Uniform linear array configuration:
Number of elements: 32
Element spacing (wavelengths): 0.5
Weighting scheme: uniform
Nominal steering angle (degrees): -45
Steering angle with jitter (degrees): -44.644
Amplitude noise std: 0.05
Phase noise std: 0.05

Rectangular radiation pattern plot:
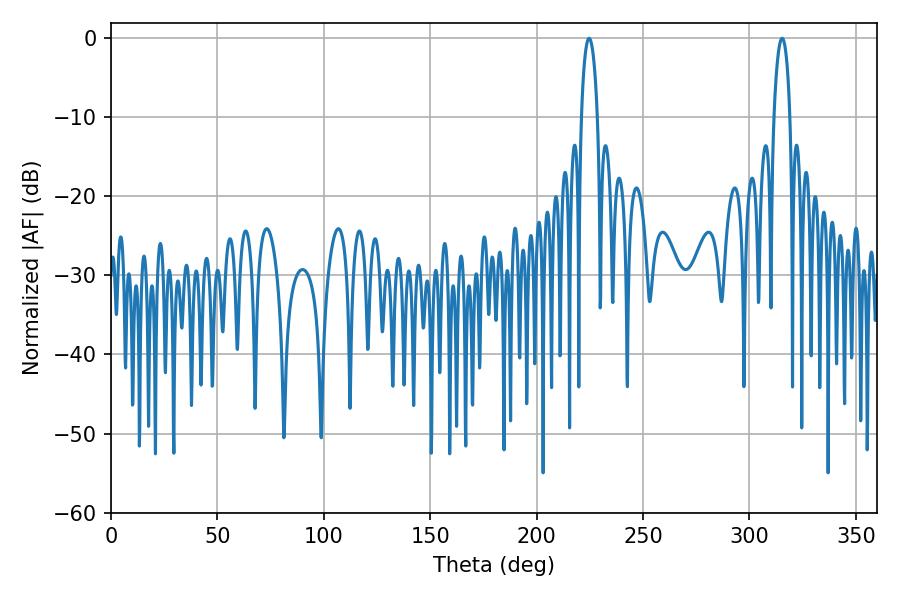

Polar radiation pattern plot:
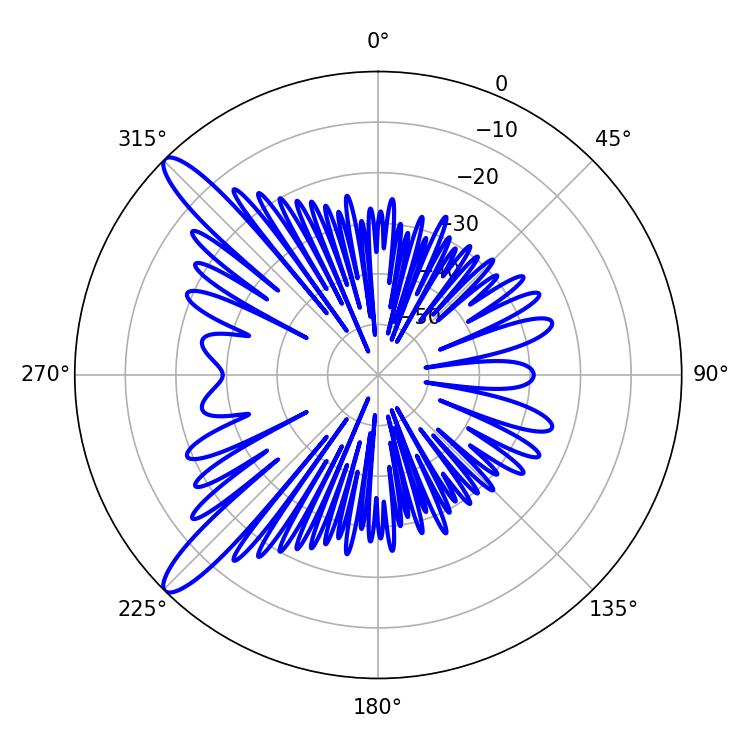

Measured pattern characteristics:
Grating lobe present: FALSE
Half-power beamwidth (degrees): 4.32
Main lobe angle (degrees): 224.64